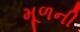
મૂળની